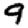
Digit: 9